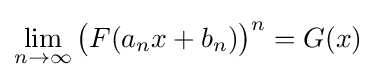
\lim _{n\to \infty }{\bigl (}F(a_{n}x+b_{n}){\bigr )}^{n}=G(x)